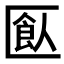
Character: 𠥗